Medical and sanitary report of the native army of Bengal for the year
Year: 1876
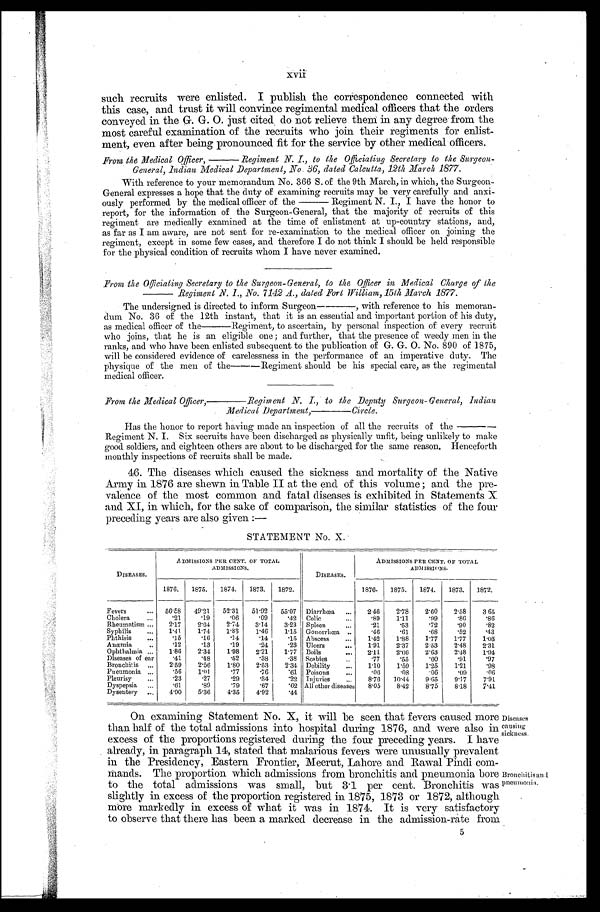
xvii
such recruits were enlisted. I publish the correspondence connected with
this case, and trust it will convince regimental medical officers that the orders
conveyed in the G. G. O. just cited , do not relieve them in any degree from the
most careful examination of the recruits who join their regiments for enlist-
ment, even after being pronounced fit for the service by other medical officers.
From the Medical Officer,———Regiment N. I., to the Officiating Secretary to the Surgeon-
General, Indian Medical Department, No. 36, dated Calcutta, 12th March 1877.
With reference to your memorandum No. 366 S. of the 9th March, in which, the Surgeon-
General expresses a hope that the duty of examining recruits may be very carefully and anxi-
ously performed by the medical officer of the———Regiment N. I., I have the honor to
report, for the information of the Surgeon-General, that the majority of recruits of this
regiment are medically examined at the time of enlistment at up-country stations, and,
as far as I am aware, are not sent for re-examination to the medical officer on joining the
regiment, except in some few cases, and therefore I do not think I should be held responsible
for the physical condition of recruits whom I have never examined.
From the Officiating Secretary to the Surgeon-General, to the Officer in Medical Charge of the
———Regiment N. I., No. 7142 A., dated Fort William,15th March 1877.
The undersigned is directed to inform Surgeon———, with reference to his memoran-
dum No. 36 of the 12th instant, that it is an essential and important portion of his duty,
as medical officer of the———Regiment, to ascertain, by personal inspection of every recruit
who joins, that he is an eligible one; and further, that the presence of weedy men in the
ranks, and who have been enlisted subsequent to the publication of G. G. O. No. 890 of 1875,
will be considered evidence of carelessness in the performance of an imperative duty. The
physique of the men of the———Regiment should be his special care, as the regimental.
medical officer.
From the Medical Officer,———Regiment N. I., to the Deputy Surgeon-General, Indian
Medical Department,————Circle.
Has the honor to report having made an inspection of all the recruits of the
————Regiment N. I. Six secruits have been discharged as physically unfit, being unlikely to make
good soldiers, and eighteen others are about to be discharged for the same reason. Henceforth
monthly inspections of recruits shall be made.
46. The diseases which caused the sickness and mortality of the Native
Army in 1876 are shewn in Table II at the end of this volume; and the pre-
valence of the most common and fatal diseases is exhibited in Statements X
and XI, in which, for the sake of comparison, the similar statistics of the four
Preceding years are also given:—
STATEMENT No. X.
ADMISSIONS PER CENT. OF TOTAL
ADMISSIONS.
ADMISSIONS PER CENT. OF TOTAL
ADMISSIONS.
DISEASES.
DISEASES.
1876. 1875. 1874. 1873. 1872.
1876. 1875. 1874. 1873. 1872.
Fevers
56.58 49.21 52.31 51.92 55.07 Diarrhœa
2.46 2.78 2.60 2.58 3 65
Cholera
. 2 1
. 1 9
. 0 6
. 0 9
. 4 2 Colic
. 8 9 1.11
. 9 9
. 8 6
. 8 6
Rheumatism
2.17 2.64 2.74 3.14 3.23 Spleen
. 2 1
. 5 3
. 7 2
. 9 0
. 8 2
Syphilis
1.41 1.74 1.83 1.46 1.15 Gonorrhœa
. 4 6
. 6 1
. 6 8
. 5 2
. 4 3
Phthisis
. 1 5
. 1 6
. 1 4
. 1 4
. 1 5 Abscess
1 . 4 2 1.88 1.77 1.77 1.03
Anæmia
. 1 2
. 1 3
. 1 9
. 2 4
. 2 3 Ulcers
1.91 2.37 2.53 2.48 2 . 3 1
Ophthalmia
1.86 2.34 1.98 2.21 1.77 Boils
2.11 2.66 2.63 2.48 1 . 9 4
Diseases of ear
. 4 1 .48
. 5 2
. 3 8
. 3 8 Scabies
. 7 7
. 5 5
. 6 0
. 9 1
. 9 7
Bronchitis
2.59 2.56 1.80 2.53 2.34 Debility
1.10 1.59 1.25 1.21
. 9 8
Pneumonia
. 5 6 1.01
. 7 7
. 7 6
. 6 1 Poisons
. 0 6
. 0 8
. 0 6
. 0 9
. 0 6
Pleurisy
. 2 3
. 2 7
. 2 9
. 3 4
. 2 2 Injuries
8.76 10.44 9.65 9.17 7 . 9 1
Dyspepsia
. 6 1
. 8 9
. 7 9
. 6 7
. 6 2 All other diseases 8.05 8.42 8.75 8.18 7 . 4 1
Dysentery
4.90 5.36 4.35 4.92
. 4 4
On examining Statement No. X, it will be seen that fevers caused more
than half of the total admissions into hospital during 1876, and were also in
excess of the proportions registered during the four preceding years. I have
already, in paragraph 14, stated that malarious fevers were unusually prevalent
in the Presidency, Eastern Frontier, Meerut, Lahore and Rawal Pindi com
-mands. The proportion which admissions from bronchitis and pneumonia bore
to the total admissions was small, but 3.1 per cent. Bronchitis was
slightly in excess of the proportion registered in 1875, 1873 or 1872, although
more markedly in excess of what it was in 1874. It is very satisfactory
to observe that there has been a marked decrease in the admission-rate from
5
Diseases
causing.
sickness
Bronchitisan
d pneumonia.